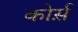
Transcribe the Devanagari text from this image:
कोर्स़